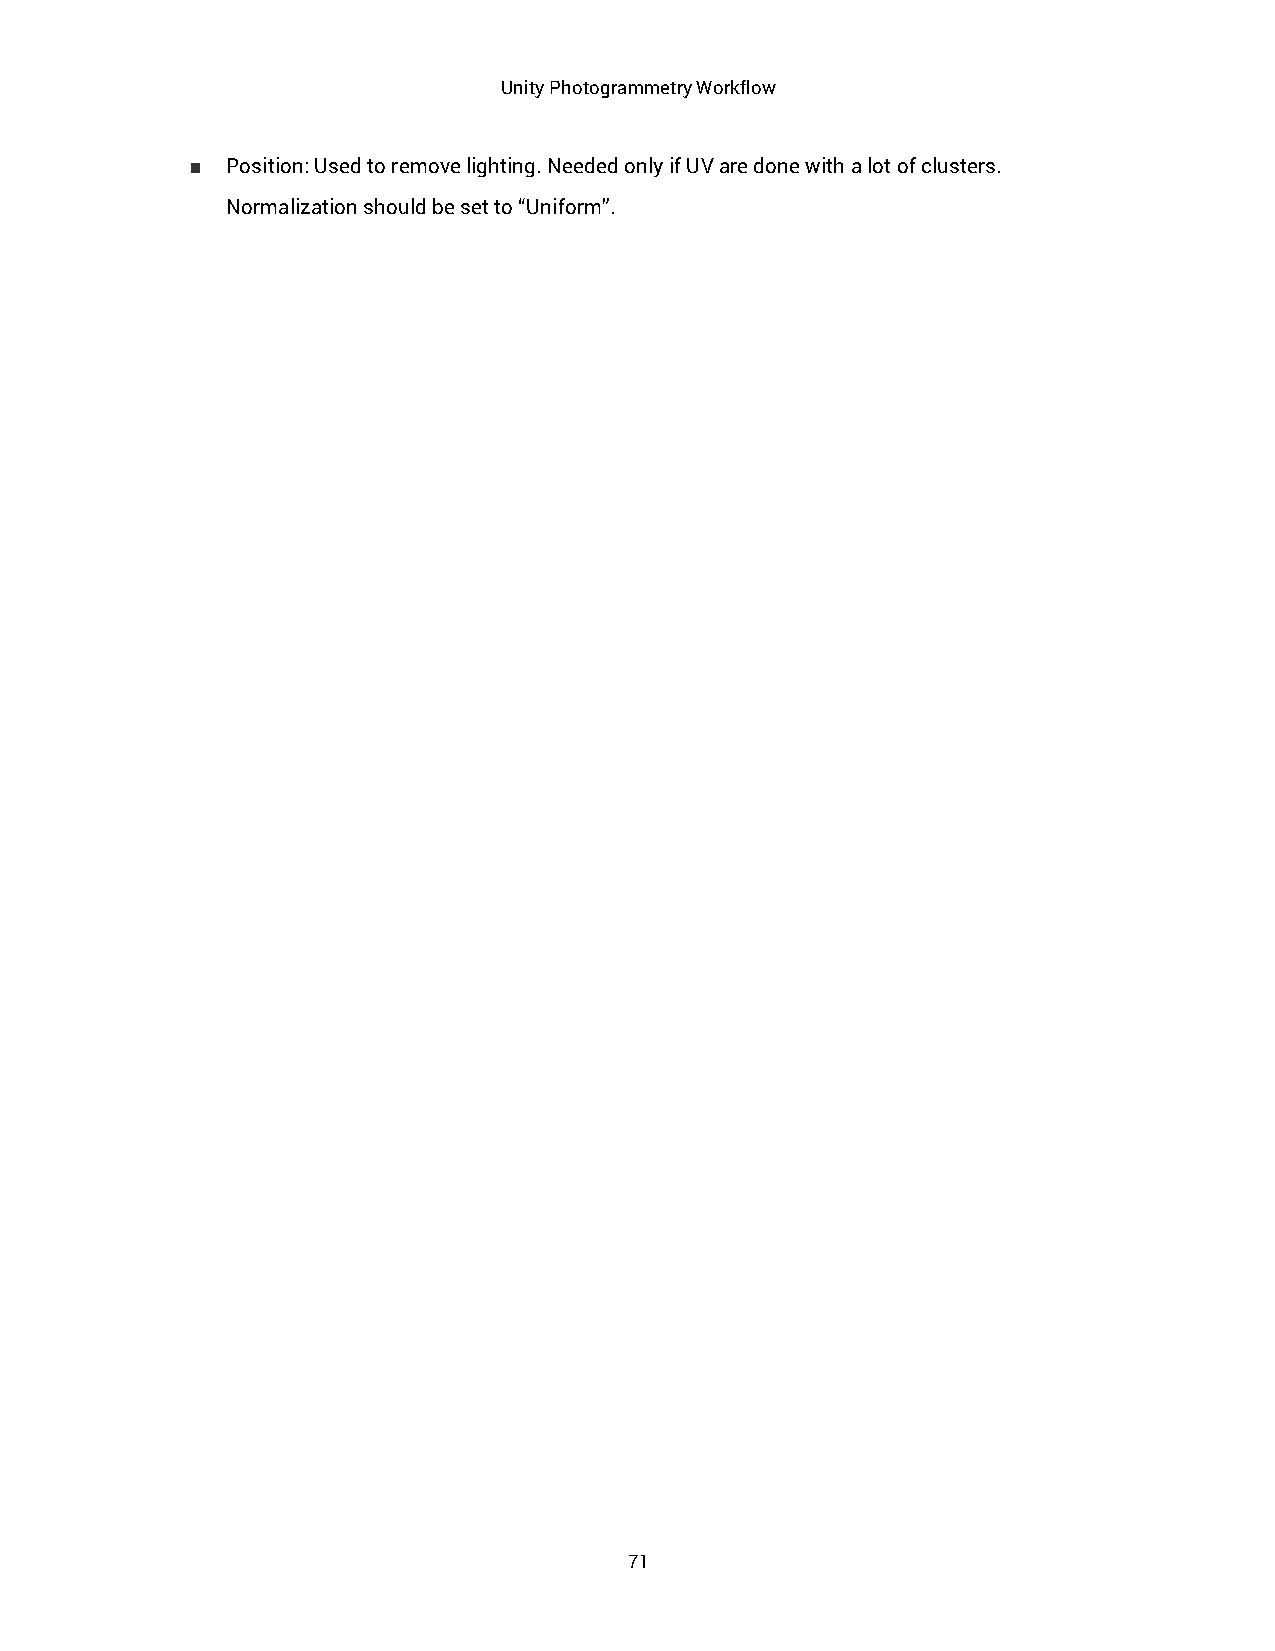
Unity Photogrammetry Workflow
 ■ Position: Used to remove lighting. Needed only if UV are done with a lot of clusters.
 Normalization should be set to “Uniform”.
 71